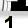
Digit: 1